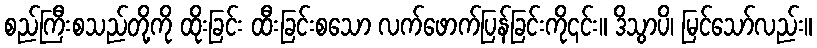
စည်ကြီးစသည်တို့ကို ထိုးခြင်း ထီးခြင်းစသော လက်ဖောက်ပြန်ခြင်းကို၎င်း။ ဒိသွာပိ၊ မြင်သော်လည်း။